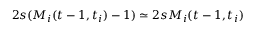
2 s ( M _ { i } ( t - 1 , t _ { i } ) - 1 ) \simeq 2 s M _ { i } ( t - 1 , t _ { i } )